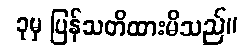
ခုမှ ပြန်သတိထားမိသည်။